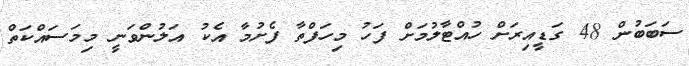
ސަބަބުން 48 ގަޑީއިރަށް ހުއްޓާލުމަށް ފަހު މިހަފްތާ ފެށުމާ އެކު އަލުންވަނީ މިމަސައްކަތް